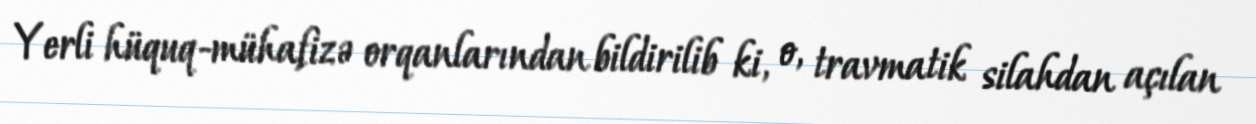
Yerli hüquq-mühafizə orqanlarından bildirilib ki, o, travmatik silahdan açılan